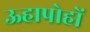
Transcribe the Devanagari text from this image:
ऊहापोहों